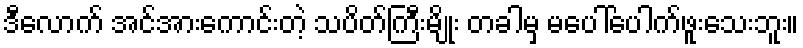
ဒီလောက် အင်အားကောင်းတဲ့ သပိတ်ကြီးမျိုး တခါမှ မပေါ်ပေါက်ဖူးသေးဘူး။